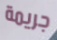
جريمة